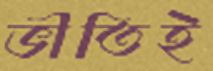
ভীতিই